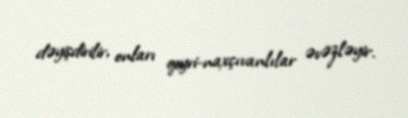
dəyişdirilir, onları qeyri-naxçıvanlılar əvəzləyir.